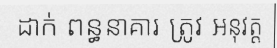
ដាក់ ពន្ធនាគារ ត្រូវ អនុវត្ត